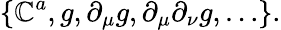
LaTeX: \{ \mathbb{C}^{a},g,\partial_{\mu}g,\partial_{\mu}\partial_{\nu}g,\ldots\} .